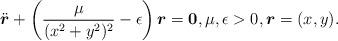
LaTeX: \begin{gather*}{\ddot{\boldsymbol r}}+\left(\frac{\mu}{(x^2+y^2)^2}-\epsilon\right){\boldsymbol r}={\boldsymbol 0},\mu, \epsilon>0, {\boldsymbol r}=(x,y).\end{gather*}